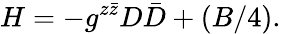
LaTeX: H=-g^{z\bar{z}}D\bar{D}+(B/4).